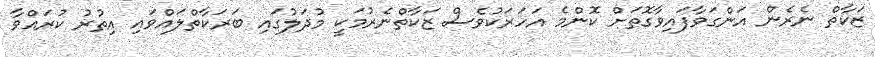
ޒަކާތް ނެރެން އަންގަވާފައިވާގޮތަށް ކޮންމެ އަހަރަކުވެސް ޒަކާތްނެރުމަކީ މުދަލުގައި ބަރަކާތްލައްވައި އިތުރު ކުރައްވާ